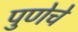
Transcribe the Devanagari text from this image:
पुणेचे